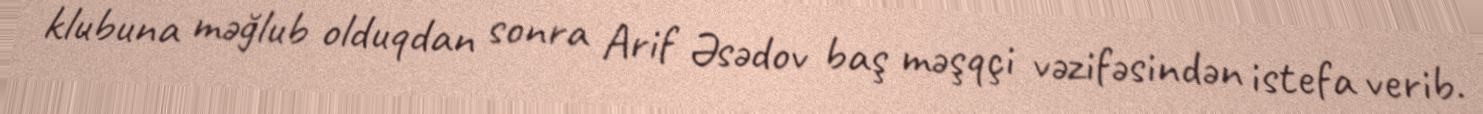
klubuna məğlub olduqdan sonra Arif Əsədov baş məşqçi vəzifəsindən istefa verib.